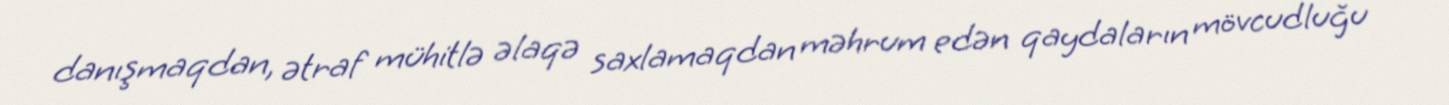
danışmaqdan, ətraf mühitlə əlaqə saxlamaqdan məhrum edən qaydaların mövcudluğu